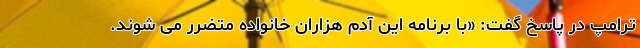
ترامپ در پاسخ گفت: «با برنامه این آدم هزاران خانواده متضرر می شوند.